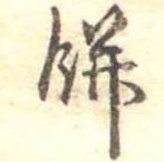
餅